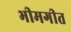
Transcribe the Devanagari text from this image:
भीमगीत